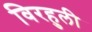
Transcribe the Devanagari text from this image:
विरहुली